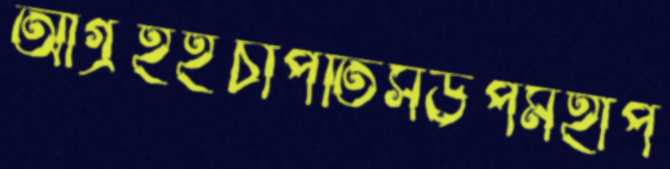
আগ্রহইচাপতিসউপমহাপ